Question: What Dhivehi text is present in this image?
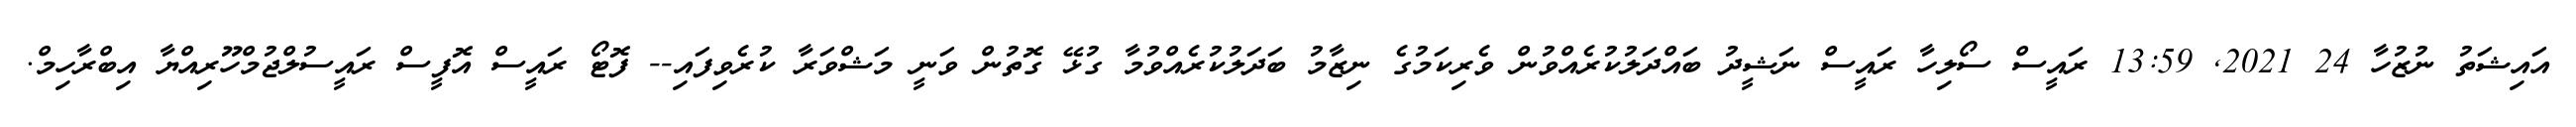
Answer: އައިޝަތު ނުޒުހާ 24 2021, 13:59 ރައީސް ސޯލިހާ ރައީސް ނަޝީދު ބައްދަލުކުރެއްވުން ވެރިކަމުގެ ނިޒާމު ބަދަލުކުރެއްވުމާ ގުޅޭ ގޮތުން ވަނީ މަޝްވަރާ ކުރެވިފައި-- ފޮޓޯ ރައީސް އޮފީސް ރައީސުލްޖުމްހޫރިއްޔާ އިބްރާހިމް.